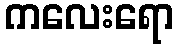
ကလေးရော